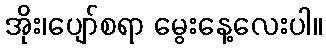
အိုး၊ပျော်စရာ မွေးနေ့လေးပါ။